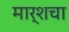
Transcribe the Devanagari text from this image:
मार्शचा